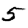
Digit: 5